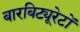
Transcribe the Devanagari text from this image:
बारबिट्यूरेटों